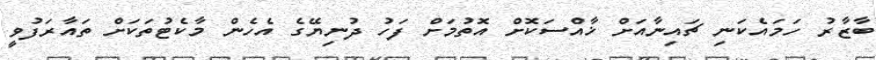
ބާޒާރު ހަމައެކަނި ޗައިނާއަށް ޚާއްސަކޮށް އޮތުމަށް ފަހު ދުނިޔޭގެ އެހެން މާކެޓުތަކަށް ތައާރަފުވީ